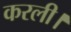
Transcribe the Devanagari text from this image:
करली।